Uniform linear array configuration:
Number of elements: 8
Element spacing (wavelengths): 0.25
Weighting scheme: hamming
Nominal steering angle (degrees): -60
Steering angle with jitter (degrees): -59.188
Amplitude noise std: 0.05
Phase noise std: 0.05

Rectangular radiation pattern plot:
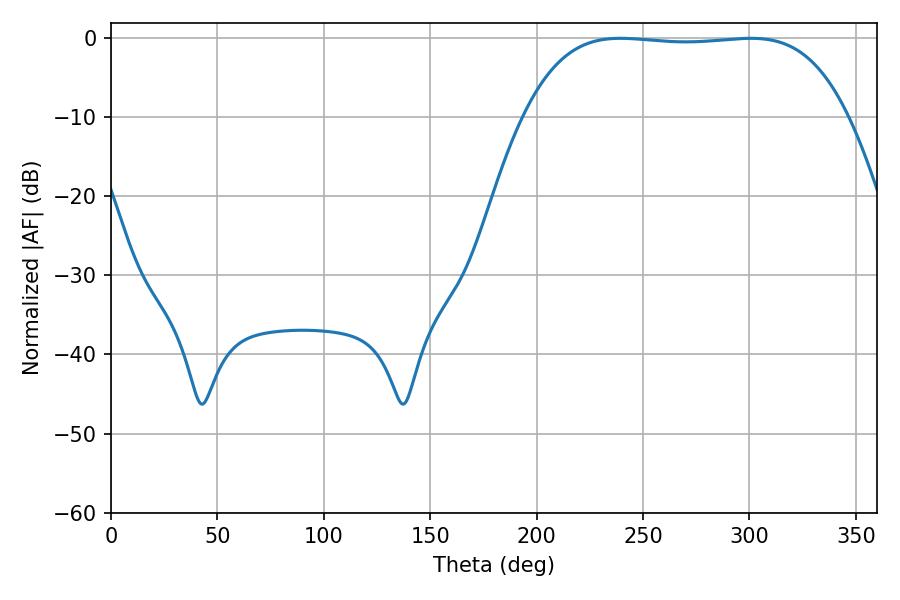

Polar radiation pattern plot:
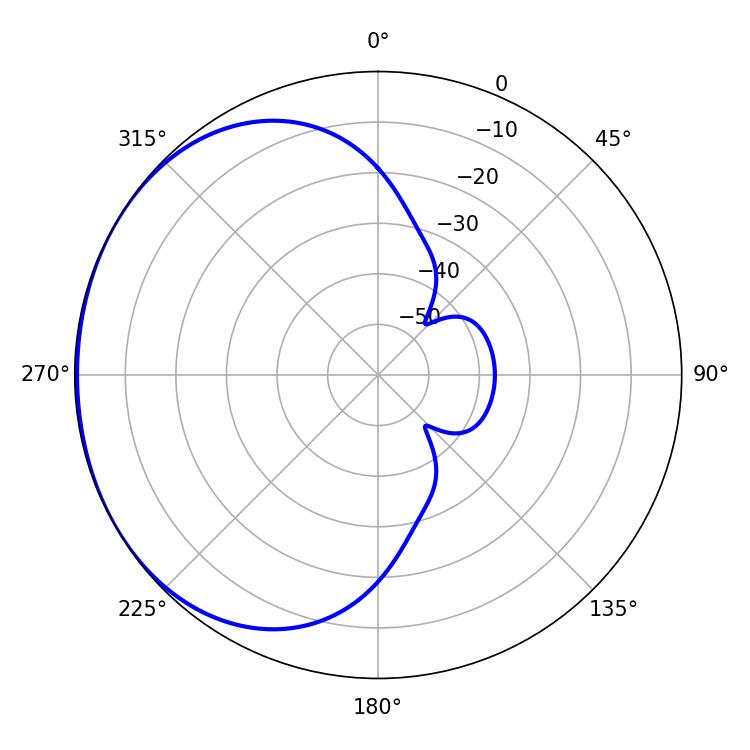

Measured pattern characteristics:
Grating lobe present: FALSE
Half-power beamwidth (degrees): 118.8
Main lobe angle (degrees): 239.4